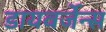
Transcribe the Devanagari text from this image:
डायवर्जेन्स